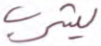
يشرب